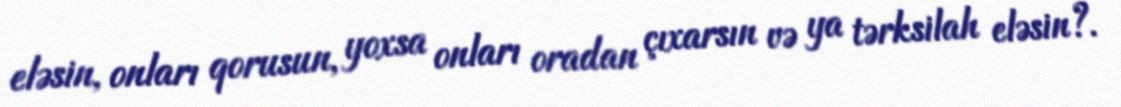
eləsin, onları qorusun, yoxsa onları oradan çıxarsın və ya tərksilah eləsin?.